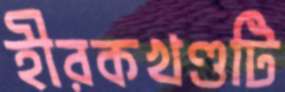
হীরকখণ্ডটি